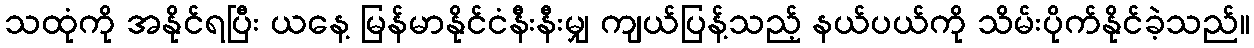
သထုံကို အနိုင်ရပြီး ယနေ့ မြန်မာနိုင်ငံနီးနီးမျှ ကျယ်ပြန့်သည့် နယ်ပယ်ကို သိမ်းပိုက်နိုင်ခဲ့သည်။